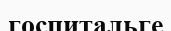
госпитальге